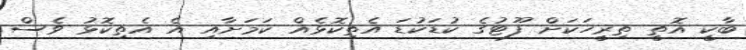
ބާކީ އޮތީ ތިރީހަކަށް ފޫޓުގެ ކުޑަކުޑަ އެތިކޮޅެއް ކަމަށާއި އެ އެތިކޮޅު ވެސް